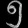
Digit: ၅